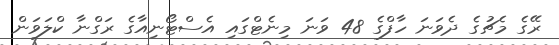
ރޭގެ މެޗުގެ ދެވަނަ ހާފްގެ 48 ވަނަ މިނެޓްގައި އެސްޓޯނިއާގެ ރަގްނާ ކްލަވަން